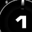
Digit: 1